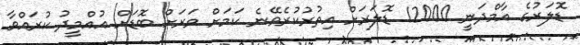
ޑޮލަރުގެ އާމްދަނީ 12000 ޑޮލަރަށް އިތުރުކުރެވޭނެ ކަމަށް ވަރަށް ބޮޑަށް އުއްމީދު ކުރައްވާ